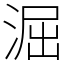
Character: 淈